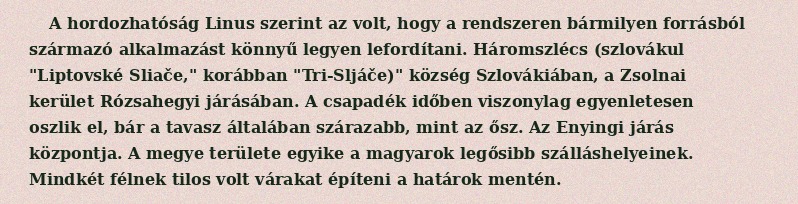
A hordozhatóság Linus szerint az volt, hogy a rendszeren bármilyen forrásból származó alkalmazást könnyű legyen lefordítani. Háromszlécs (szlovákul "Liptovské Sliače," korábban "Tri-Sljáče)" község Szlovákiában, a Zsolnai kerület Rózsahegyi járásában. A csapadék időben viszonylag egyenletesen oszlik el, bár a tavasz általában szárazabb, mint az ősz. Az Enyingi járás központja. A megye területe egyike a magyarok legősibb szálláshelyeinek. Mindkét félnek tilos volt várakat építeni a határok mentén.